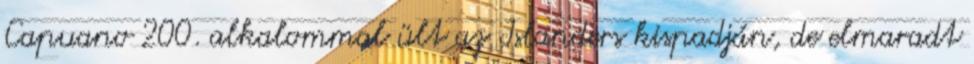
Capuano 200. alkalommal ült az Islanders kispadján, de elmaradt